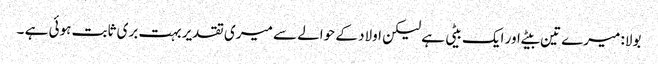
بولا: میرے تین بیٹے اور ایک بیٹی ہے لیکن اولاد کے حوالے سے میری تقدیر بہت بری ثابت ہوئی ہے ۔